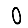
Digit: 0